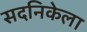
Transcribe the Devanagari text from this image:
सदनिकेला